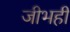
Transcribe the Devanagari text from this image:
जीभही